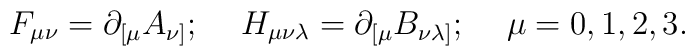
F_{\mu \nu} = \partial_{[\mu} A_{\nu ]}; \hskip 0.5cm H_{\mu \nu \lambda} = \partial_{[\mu} B_{\nu \lambda ]}; \hskip 0.5cm \mu = 0, 1, 2, 3.